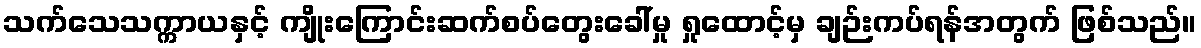
သက်သေသက္ကာယနှင့် ကျိုးကြောင်းဆက်စပ်တွေးခေါ်မှု ရှုထောင့်မှ ချဉ်းကပ်ရန်အတွက် ဖြစ်သည်။